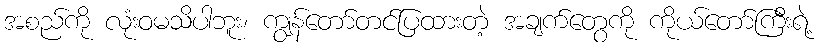
အစည်ကို လုံးဝမသိပါဘူး၊ ကျွန်တော်တင်ပြထားတဲ့ အချက်တွေကို ကိုယ်တော်ကြီးရဲ့